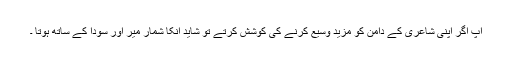
آپ اگر اپنی شاعری کے دامن کو مزید وسیع کرنے کی کوشش کرتے تو شاید انکا شمار میرؔ اور سوداؔ کے ساتھ ہوتا ۔